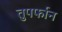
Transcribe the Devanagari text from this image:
तुपर्फान